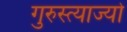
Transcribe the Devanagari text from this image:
गुरुस्त्याज्यो